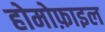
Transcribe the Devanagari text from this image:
होमोफ़ाइल